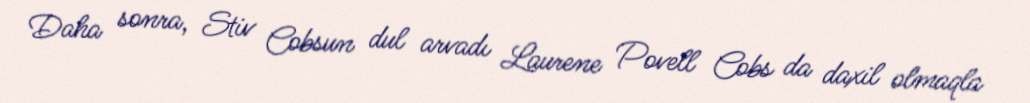
Daha sonra, Stiv Cobsun dul arvadı Laurene Povell Cobs da daxil olmaqla